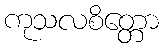
ကုသလစိတ္တော